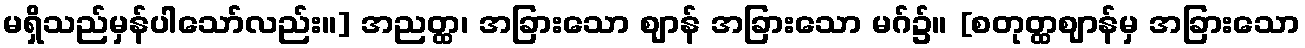
မရှိသည်မှန်ပါသော်လည်း။] အညတ္ထ၊ အခြားသော ဈာန် အခြားသော မဂ်၌။ [စတုတ္ထဈာန်မှ အခြားသော